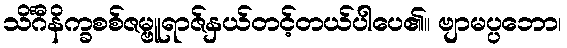
သိင်္ဂီနိက္ခစစ်ဇမ္ဗူရာဇ်နှယ်တင့်တယ်ပါပေ၏။ ဗျာမပ္ပဘော၊